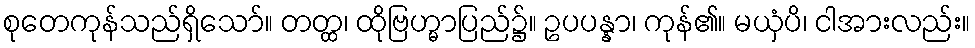
စုတေကုန်သည်ရှိသော်။ တတ္ထ၊ ထိုဗြဟ္မာပြည်၌။ ဥပပန္နာ၊ ကုန်၏။ မယှံပိ၊ ငါအားလည်း။